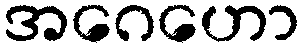
အဂေဟော